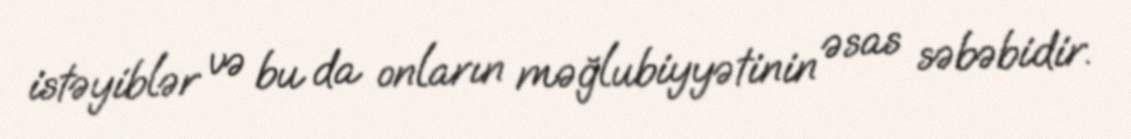
istəyiblər və bu da onların məğlubiyyətinin əsas səbəbidir.